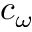
c _ { \omega }